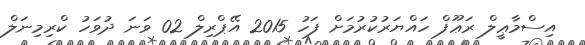
އިސްމާޢީލް ރަޢޫފް ހައްޔަރުކުރުމަށް ފަހު 2015 އޭޕްރިލް 02 ވަނަ ދުވަހު ކްރިމިނަލް